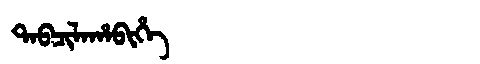
Manchu: ᡨᠠᠪᠴᡳᠯᠠᡥᠠᠪᡳᡥᡝ
Romanization: TABCILAHABIHE